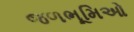
જળભૂમિઓ